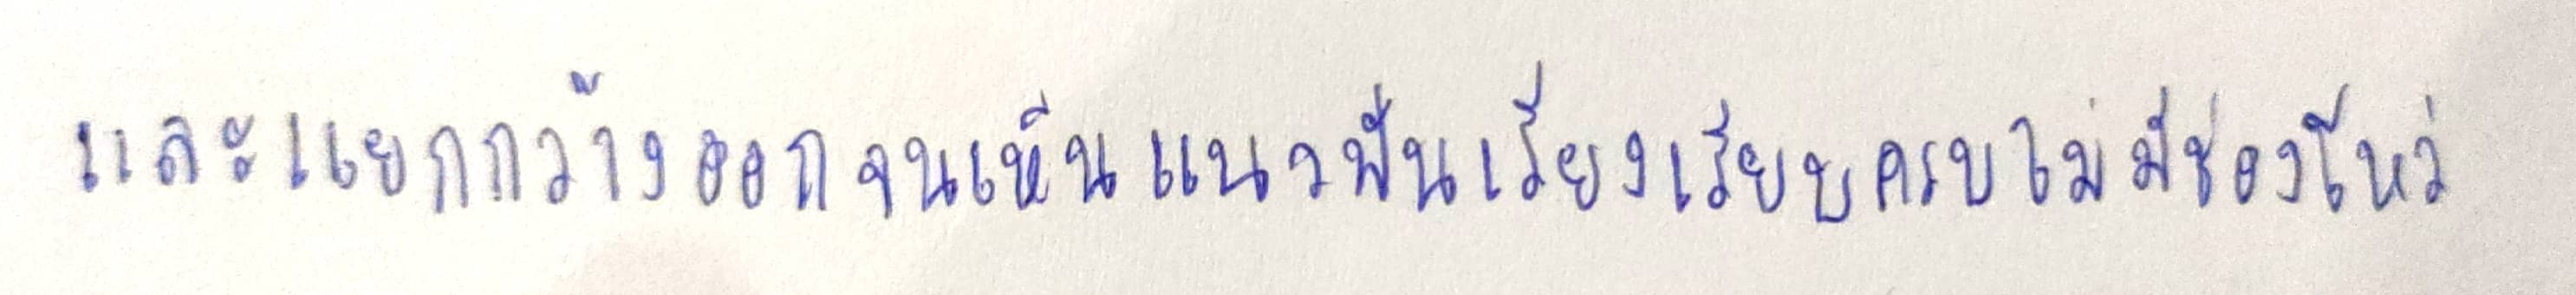
และแยกกว้างออกจนเห็นแนวฟันเรียงเรียบครบไม่มีช่องโหว่